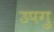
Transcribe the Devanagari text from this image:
उपगु